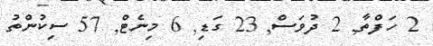
2 ހަފްތާ